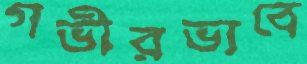
গভীরভাবে